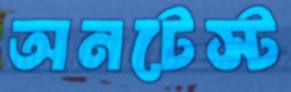
অনটেস্ট